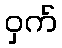
ဝှက်